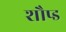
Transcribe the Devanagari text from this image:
शौप्ड